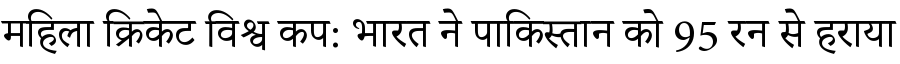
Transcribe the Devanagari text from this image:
महिला क्रिकेट विश्व कप: भारत ने पाकिस्तान को 95 रन से हराया